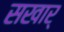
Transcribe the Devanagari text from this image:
सखार्